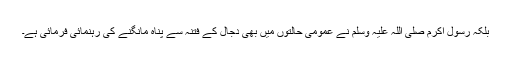
بلکہ رسول اکرم صلی اللہ علیہ وسلم نے عمومی حالتوں میں بھی دجال کے فتنہ سے پناہ مانگنے کی رہنمائی فرمائی ہے۔